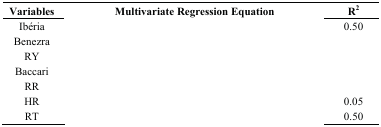
<table><thead><tr><td><b>Variables</b></td><td><b>Multivariate Regression Equation</b></td><td><b>R<sup>2</sup></b></td></tr></thead><tbody><tr><td>Ibéria</td><td>[EMPTY_CELL]</td><td>0.50</td></tr><tr><td>Benezra</td><td>[EMPTY_CELL]</td><td>[EMPTY_CELL]</td></tr><tr><td>RY</td><td>[EMPTY_CELL]</td><td>[EMPTY_CELL]</td></tr><tr><td>Baccari</td><td>[EMPTY_CELL]</td><td>[EMPTY_CELL]</td></tr><tr><td>RR</td><td>[EMPTY_CELL]</td><td>[EMPTY_CELL]</td></tr><tr><td>HR</td><td>[EMPTY_CELL]</td><td>0.05</td></tr><tr><td>RT</td><td>[EMPTY_CELL]</td><td>0.50</td></tr></tbody></table>